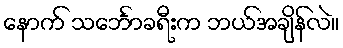
နောက် သင်္ဘောခရီးက ဘယ်အချိန်လဲ။